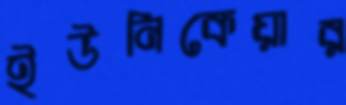
ইউনিকেয়ার